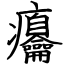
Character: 㿜